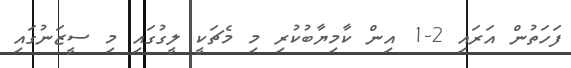
ފަހަތުން އަރައި 2-1 އިން ކާމިޔާބުކުރި މި މެޗަކީ ލީގުގައި މި ސީޒަނުގައި